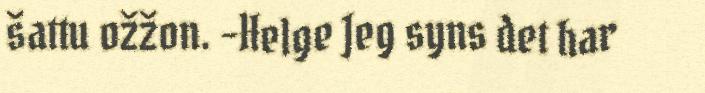
šattu ožžon. –Helge Jeg syns det har